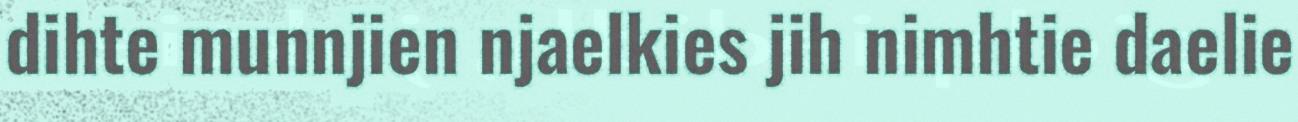
dihte munnjien njaelkies jih nimhtie daelie